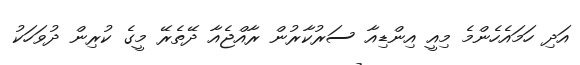
އަދި ހަމައެހެންމެ މިއީ އިންޑިއާ ސަރުކާރުން ރާއްޖެއާ ދޭތެރޭ މީގެ ކުރިން ދުވަހަކު